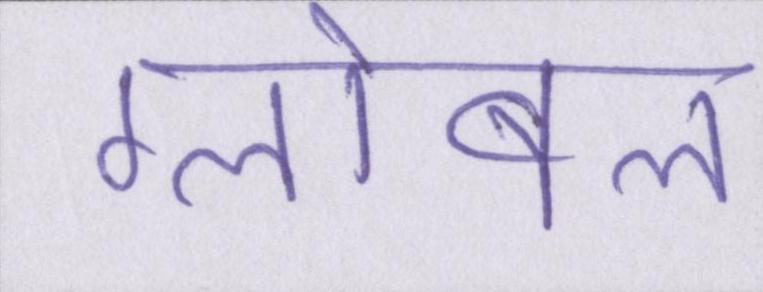
ग्लोबल